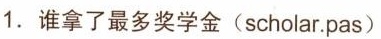
1.谁拿了最多奖学金(scholar.pas)